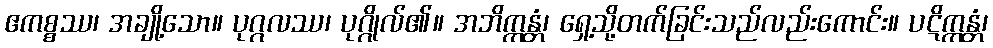
ဧကစ္စဿ၊ အချို့သော။ ပုဂ္ဂလဿ၊ ပုဂ္ဂိုလ်၏။ အဘိက္ကန္တံ၊ ရှေ့သို့တက်ခြင်းသည်လည်းကောင်း။ ပဋိက္ကန္တံ၊